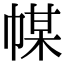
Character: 𢃱